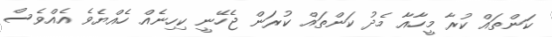
ކަންތައް ކުރާ މީހާއާ މެދު ކަންތައް ކުރަން ޖެހޭނީ ކިހިނެއް ހެއްޔެވެ އެއްވެސް